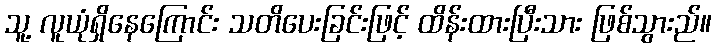
သူ့ လူယုံရှိနေကြောင်း သတိပေးခြင်းဖြင့် ထိန်းထားပြီးသား ဖြစ်သွားည်။